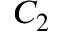
C _ { 2 }